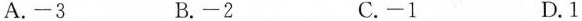
A.-3 B.-2 C.-1 D.1